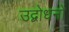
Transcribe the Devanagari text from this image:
उद्बोधनों